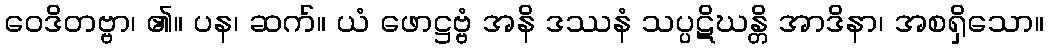
ဝေဒိတဗ္ဗာ၊ ၏။ ပန၊ ဆက်။ ယံ ဖောဋ္ဌဗ္ဗံ အနိ ဒဿနံ သပ္ပဋိဃန္တိ အာဒိနာ၊ အစရှိသော။